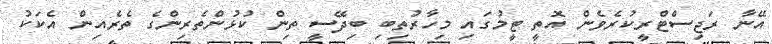
އޭނާ ރަޖިސްޓްރީކުރެވެން އޮތީ ޓީމުގައި މިހާރުތިބި ބިދޭސީ ތިން ކުޅުންތެރިންގެ ތެރެއިން އެކަކު